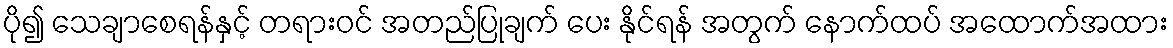
ပို၍ သေချာစေရန်နှင့် တရားဝင် အတည်ပြုချက် ပေး နိုင်ရန် အတွက် နောက်ထပ် အထောက်အထား